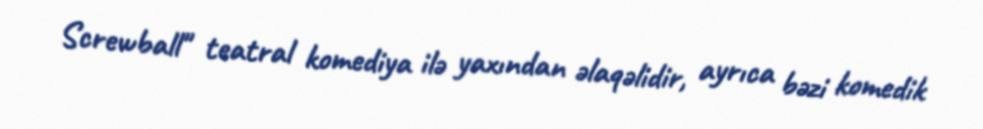
Screwball" teatral komediya ilə yaxından əlaqəlidir, ayrıca bəzi komedik